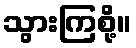
သွားကြစို့။